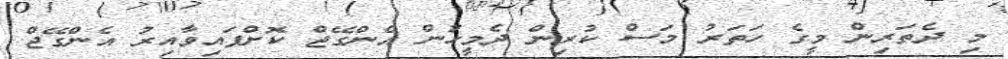
މި ދެތަރިން މީގެ ހަތަރު މަސް ކުރިން ދެމީހުން އެންގޭޖް ކޮށްފައިވާއިރު އެންގޭޖް